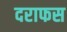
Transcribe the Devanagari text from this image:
दराफस